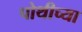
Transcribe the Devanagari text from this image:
पोथीच्या